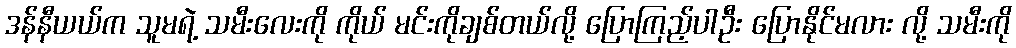
ဒန်နီယယ်က သူမရဲ့ သမီးလေးကို ကိုယ် မင်းကိုချစ်တယ်လို့ ပြောကြည့်ပါဦး ပြောနိုင်မလား လို့ သမီးကို